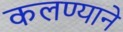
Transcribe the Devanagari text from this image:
कलण्याने